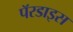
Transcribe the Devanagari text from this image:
पॅरडाइस